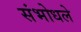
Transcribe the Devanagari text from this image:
संभोधले